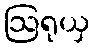
ဩရုယှ